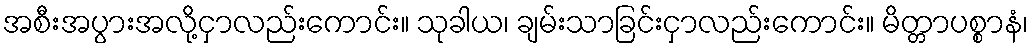
အစီးအပွားအလို့ငှာလည်းကောင်း။ သုခါယ၊ ချမ်းသာခြင်းငှာလည်းကောင်း။ မိတ္တာပစ္စာနံ၊